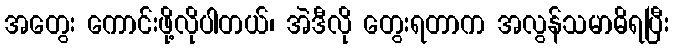
အတွေး ကောင်းဖို့လိုပါတယ်၊ အဲဒီလို တွေးရတာက အလွန်သမာဓိရပြီး